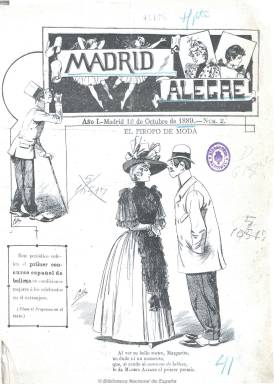
Título: Madrid alegre
Colección: Revistas satíricas y humorísticas
Ámbito geográfico: Madrid
Lugar de publicación: Madrid
Fechas: 12/10/1889-20/06/1890

Semanario festivo, que se publica cada sábado, desde el cinco de octubre de 1889, en números de ocho páginas, con ilustraciones y grabados en blanco y negro de retratos de artistas y literatos y caricaturas y dibujos humorísticos y satíricos de carácter costumbrista y social, pero también con alguna incursión en la política municipal.

Compuesto a dos columnas, inserta también textos del mismo carácter, comenzando con una sección titulada Apuntes semanales, que firman Manuel Matoses, José Brissa, J. Rodao y Francisco Jiménez Moya, atribuyéndosele a este último la dirección de la publicación y también de una Biblioteca de la Juventud Literaria y que a comienzos del siglo veinte será redactor del diario La época. Otras secciones son Crónica teatral, Zigzag y Aprobados y suspensos. Sus artículos versan sobre costumbres, tipismo y espectáculos, como los teatrales. Muchos de sus textos están escritos en verso. La última plana la dedica a anuncios comerciales.

Entre las firmas de sus dibujantes aparecen las de Cilla, Mecachis, Pando y F. Alberti, y entre las numerosas de sus textos, que señala que proceden de “los más renombrados literatos y poetas”, las de P. Gómez de Salazar, Manuel del Palacio, Antonio Grillo, Emilio Ferrán, José J. Herrero, Juan Pérez Zúñiga, Narciso Campillo, Eduardo Villegas, Alejandro Larrubiera, Joaquín E. Romero, Luis Alcaraz, Ricardo Soto o las de José Zorrilla y Ramón de Campoamor.

Esta publicación es conocida principalmente por haber convocado el primer concurso español de belleza femenina, y fue una de las muchas que se publicaron en Madrid una vez estabilizado el sistema del turno de partidos de la Restauración, con escasa permanencia por la dura competencia entre ellas. En este caso no llegó ni al año de vida. El último número de la colección corresponde al 20 de junio de 1890.